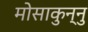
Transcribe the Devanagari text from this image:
मोसाकुन्नु